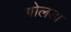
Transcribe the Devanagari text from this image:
गोलडा